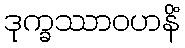
ဒုက္ခဿာဝဟနိံ